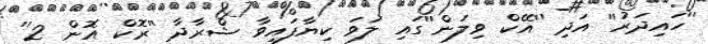
''ހައިދަރު'' އަދި ''އޭކް ވިލަން''ގައި ލަވަ ކިޔާފައިވާ ޝްރާދާ ''ރޮކް އޮން 2''